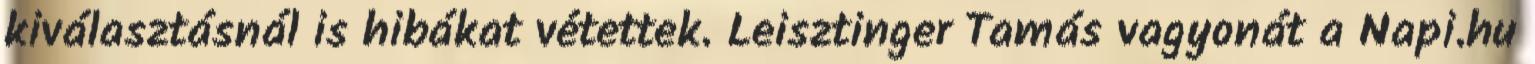
kiválasztásnál is hibákat vétettek. Leisztinger Tamás vagyonát a Napi.hu